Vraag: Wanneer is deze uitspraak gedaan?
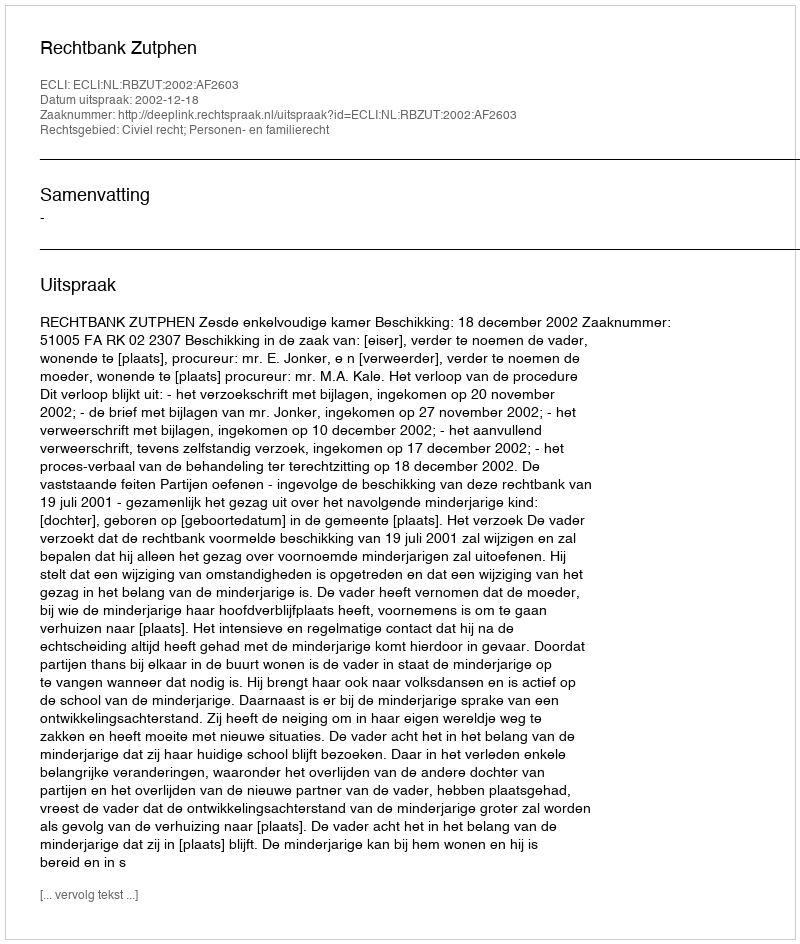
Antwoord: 2002-12-18